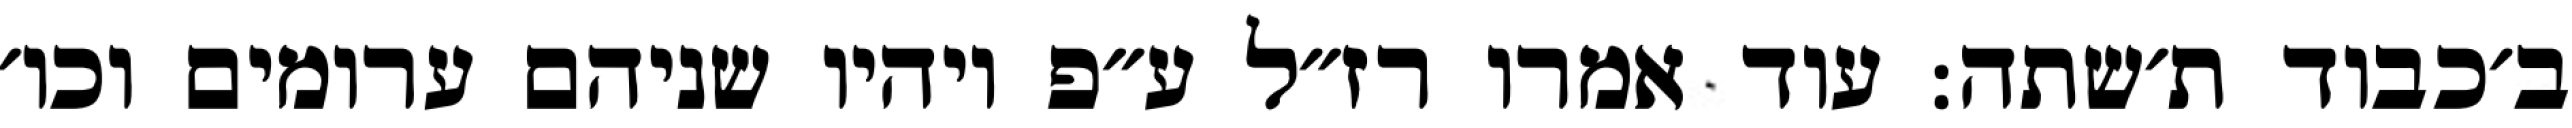
ב׳כבוד ת׳שתה: עוד אמרו רז״ל ע״פ ויהיו שניהם ערומים וכו׳